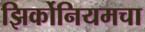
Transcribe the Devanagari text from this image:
झिर्कोनियमचा